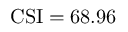
\mathrm { C S I } = 6 8 . 9 6 \